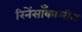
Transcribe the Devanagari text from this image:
रिनेंसाँकालीन